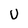
Character: v